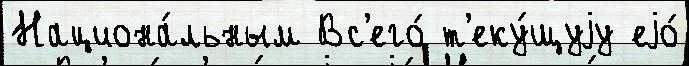
Национа́льным Вс'его́ т'еку́щуjу еjо́